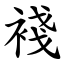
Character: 䙁